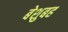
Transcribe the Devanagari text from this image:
बेशुबह